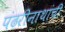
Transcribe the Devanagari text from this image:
पंढरीनाथांची